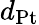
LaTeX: d_{\mathrm{{Pt}}}